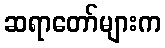
ဆရာတော်များက